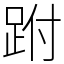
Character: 跗